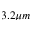
3 . 2 \mu m